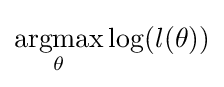
\mathop {\rm {argmax}} \limits _{\theta }\log(l(\theta ))